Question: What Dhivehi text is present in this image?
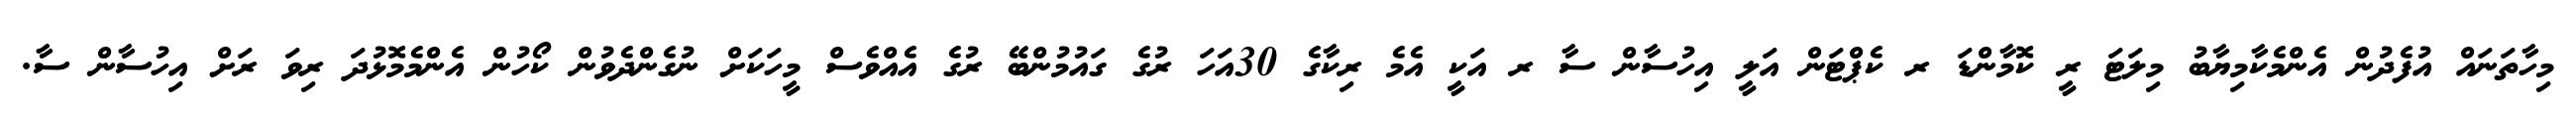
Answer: މިހާތަނައް އުފެދުން އެންމެކާމިޔާބު މިލަޓަ ރީ ކޮމާންޑަ ރ ކެޕްޓަން އަލީ އިހުސާން ސާ ރ އަކީ އެމެ ރިކާގެ 30އަހަ ރުގެ ގައުމުންބޭ ރުގެ އެއްވެސް މީހަކަށް ނުގެންދެވުން ކޯހުން އެންމެމޮޅުދަ ރިވަ ރަށް އިހުސާން ސާ.